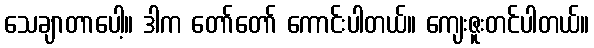
သေချာတာပေါ့။ ဒါက တော်တော် ကောင်းပါတယ်။ ကျေးဇူးတင်ပါတယ်။